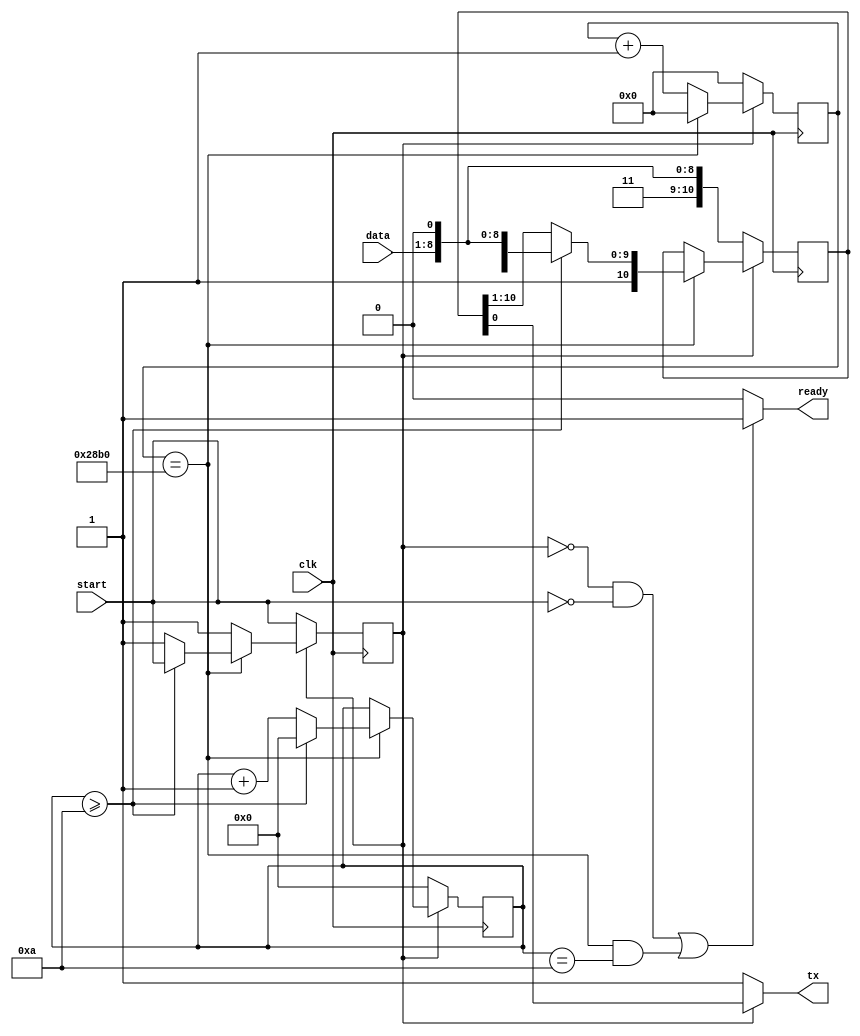
`timescale 1ns / 1ps
//////////////////////////////////////////////////////////////////////////////////
// Company: 
// Engineer: 
// 
// Design Name: 
// Module Name: uart_tx
// Project Name: 
// Target Devices: 
// Tool Versions: 
// Description: 
// 
// Dependencies: 
// 
// Revision:
// Revision 0.01 - File Created
// Additional Comments:
// 
//////////////////////////////////////////////////////////////////////////////////

//`include "math.vh"
module uart_tx(
    input wire clk,
    input wire [7:0] data,
    input wire start,
    output wire tx,
    output wire ready 
    );
    parameter   BAUD        = 9600,
                CLOCK       = 100000000;
    localparam  COUNT_MAX   = CLOCK / BAUD,
                COUNT_WIDTH = 32;
    reg [COUNT_WIDTH-1:0] cd_count=0;
    reg [3:0] count=0;
    reg running=0;
    reg [10:0] shift=11'h7ff;
    reg [7:0] buf_data = 0;
    always@(posedge clk) begin
        if (running == 1'b0) begin
            shift <= {2'b11, data, 1'b0};
            running <= start;
            cd_count <= 'b0;
            count <= 'b0;
        end else if (cd_count == COUNT_MAX) begin
            shift <= {1'b1, shift[10:1]};
            cd_count <= 'b0;
            if (count >= 4'd10) begin
                shift <= {2'b11, data, 1'b0};
                running <= start;
                cd_count <= 'b0;
                count <= 'b0;
            end
            else
                count <= count + 1'b1;
        end else
            cd_count <= cd_count + 1'b1;
    end
    assign tx = (running == 1'b1) ? shift[0] : 1'b1;
    assign ready = ((running == 1'b0 && start == 1'b0) || (cd_count == COUNT_MAX && count == 4'd10)) ? 1'b1 : 1'b0;
endmodule